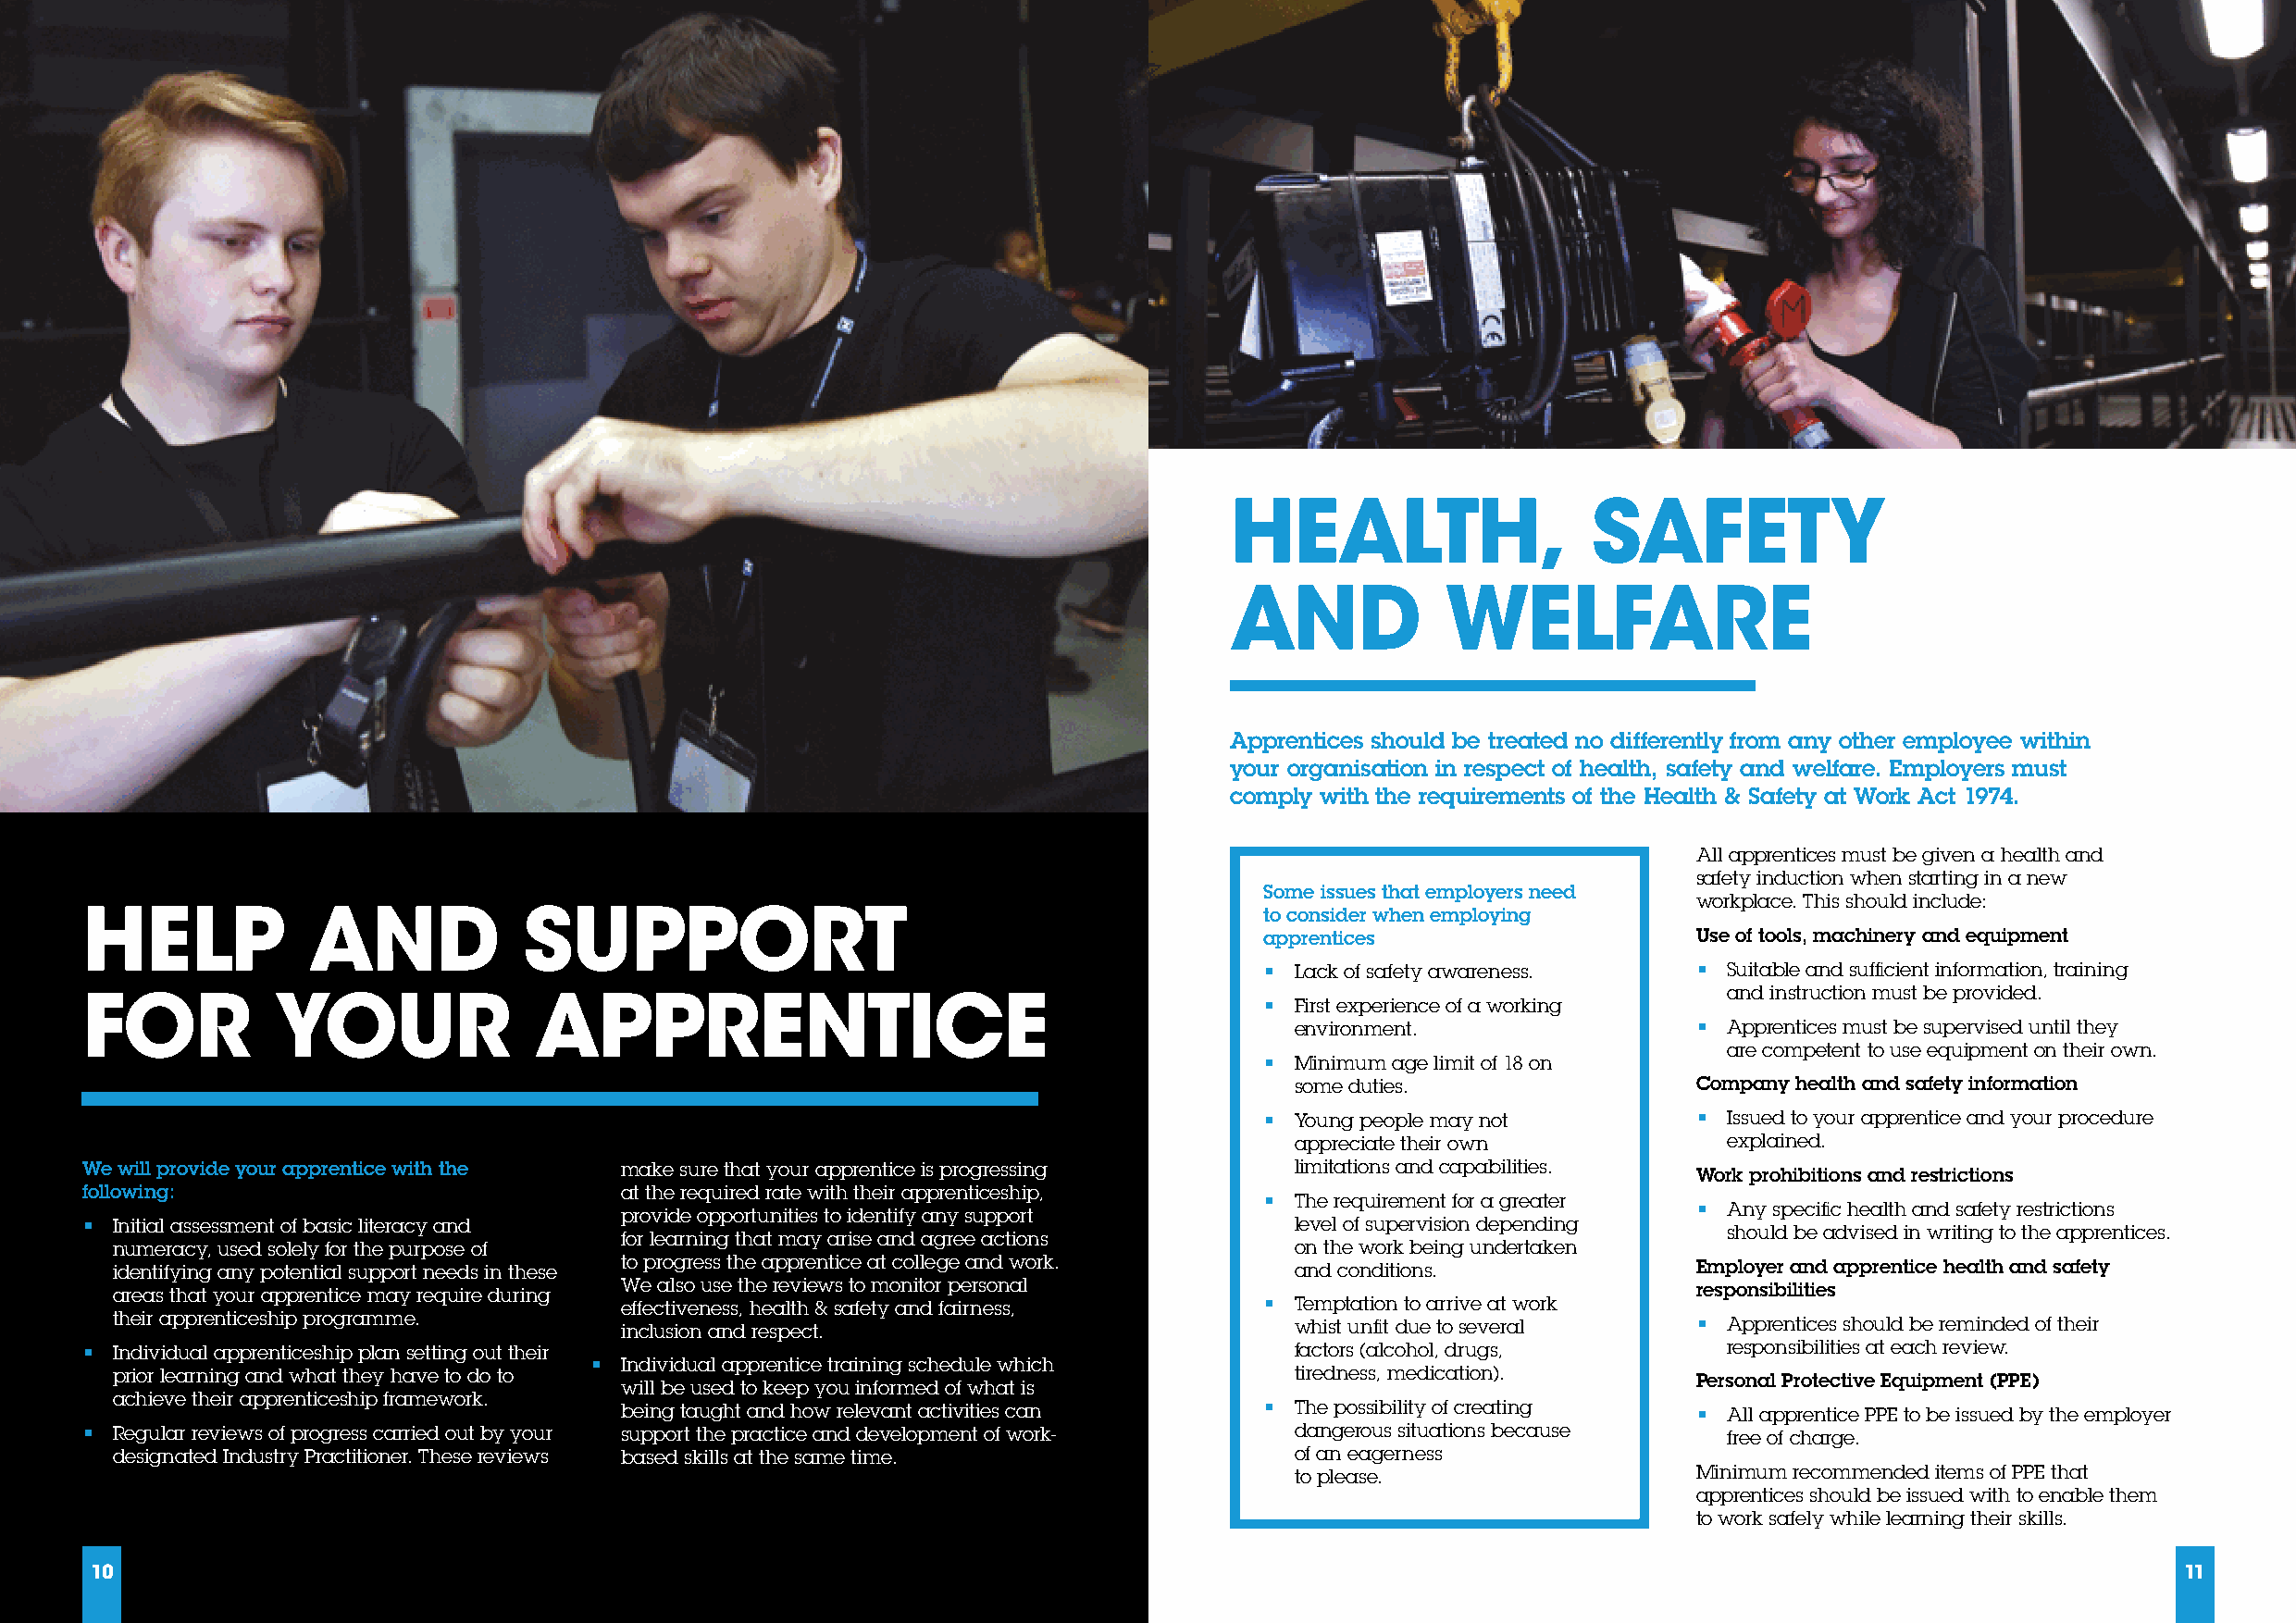
HEALTH,                   SAFETY
 AND            WELFARE
 Apprentices should be treated no differently from any other employee within
 your organisation in respect of health, safety and welfare. Employers must
 comply with the requirements of the Health & Safety at Work Act 1974.
 All apprentices must be given a health and
 safety induction when starting in a new
 Some issues that employers need
 workplace. This should include:
 HELP            AND            SUPPORT                                              to consider when employing
 apprentices                    Use of tools, machinery and equipment
 •  Lack of safety awareness.   •  Suitable and sufficient information, training
 and instruction must be provided.
 FOR           YOUR              APPRENTICE                                          •  First experience of a working
 environment.                •  Apprentices must be supervised until they
 are competent to use equipment on their own.
 •  Minimum age limit of 18 on
 some duties.                Company health and safety information
 •  Young people may not        •  Issued to your apprentice and your procedure
 appreciate their own           explained.
 We will provide your apprentice with the make sure that your apprentice is progressing limitations and capabilities.
 Work prohibitions and restrictions
 following:                            at the required rate with their apprenticeship,
 •  The requirement for a greater
 •  Any specific health and safety restrictions
 provide opportunities to identify any support
 • Initial assessment of basic literacy and                                             level of supervision depending
 should be advised in writing to the apprentices.
 for learning that may arise and agree actions
 numeracy, used solely for the purpose of                                             on the work being undertaken
 identifying any potential support needs in these to progress the apprentice at college and work. and conditions. Employer and apprentice health and safety
 areas that your apprentice may require during We also use the reviews to monitor personal                        responsibilities
 effectiveness, health & safety and fairness,  •  Temptation to arrive at work
 their apprenticeship programme.     inclusion and respect.                           whist unfit due to several  •  Apprentices should be reminded of their
 • Individual apprenticeship plan setting out their                                     factors (alcohol, drugs,       responsibilities at each review.
 • Individual apprentice training schedule which
 prior learning and what they have to do to                                           tiredness, medication).     Personal Protective Equipment (PPE)
 will be used to keep you informed of what is
 achieve their apprenticeship framework.
 being taught and how relevant activities can  •  The possibility of creating •  All apprentice PPE to be issued by the employer
 • Regular reviews of progress carried out by your support the practice and development of work- dangerous situations because free of charge.
 designated Industry Practitioner. These reviews based skills at the same time.       of an eagerness
 to please.                  Minimum recommended items of PPE that
 apprentices should be issued with to enable them
 to work safely while learning their skills.
 10                                                                                                                                                    11